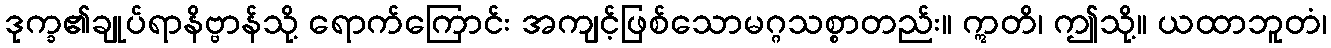
ဒုက္ခ၏ချုပ်ရာနိဗ္ဗာန်သို့ ရောက်ကြောင်း အကျင့်ဖြစ်သောမဂ္ဂသစ္စာတည်း။ ဣတိ၊ ဤသို့။ ယထာဘူတံ၊